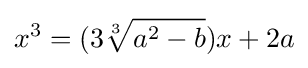
x^{3}=(3{\sqrt[{3}]{a^{2}-b}})x+2a